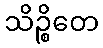
သိဉ္စိတေ